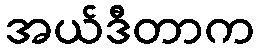
အယ်ဒီတာက